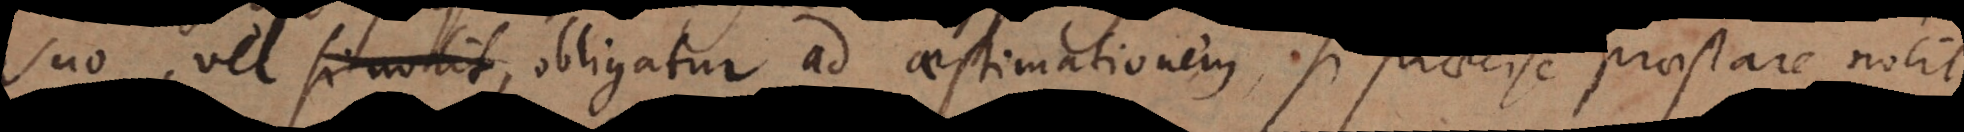
suo, vel obligatur ad aestimationem, si praecise praestare nolit